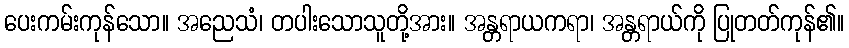
ပေးကမ်းကုန်သော။ အညေသံ၊ တပါးသောသူတို့အား။ အန္တရာယကရာ၊ အန္တရာယ်ကို ပြုတတ်ကုန်၏။